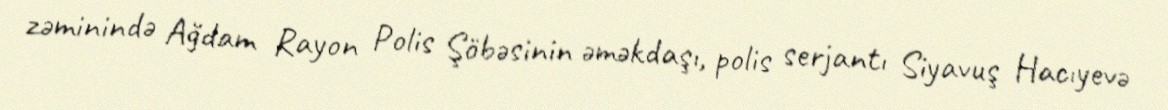
zəminində Ağdam Rayon Polis Şöbəsinin əməkdaşı, polis serjantı Siyavuş Hacıyevə